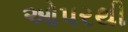
ઓપરથી